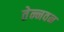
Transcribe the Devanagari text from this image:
तेन्नवन